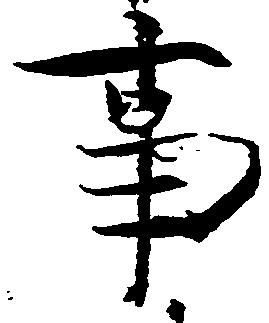
事